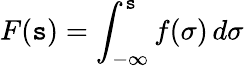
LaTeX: F(\mathtt{s})=\int_{-\infty}^{\mathtt{s}}f(\sigma)\, d\sigma